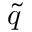
\widetilde { q }